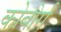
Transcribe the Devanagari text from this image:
कोबोर्ग